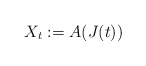
\begin{align*}X_t:=A(J(t))\end{align*}